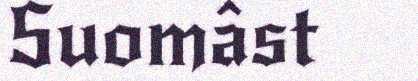
Suomâst